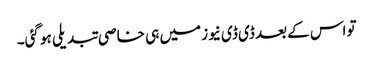
تو اس کے بعد ڈی ڈی نیوز میں ہی خاصی تبدیلی ہو گئی۔